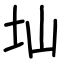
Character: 圸